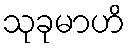
သုခုမာဟိ